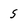
Character: 5